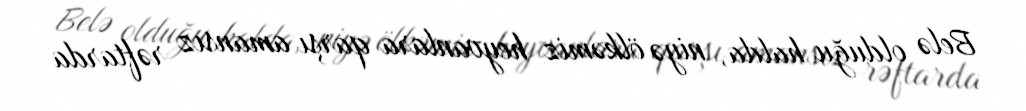
Belə olduğu halda, niyə ölkəmiz heyvanlara qarşı amansız rəftarda